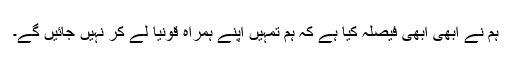
ہم نے ابھی ابھی فیصلہ کیا ہے کہ ہم تمہیں اپنے ہمراہ قونیا لے کر نہیں جائیں گے۔